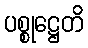
ပစ္စုဋ္ဌေတိ